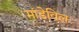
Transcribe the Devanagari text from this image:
मांडेविल